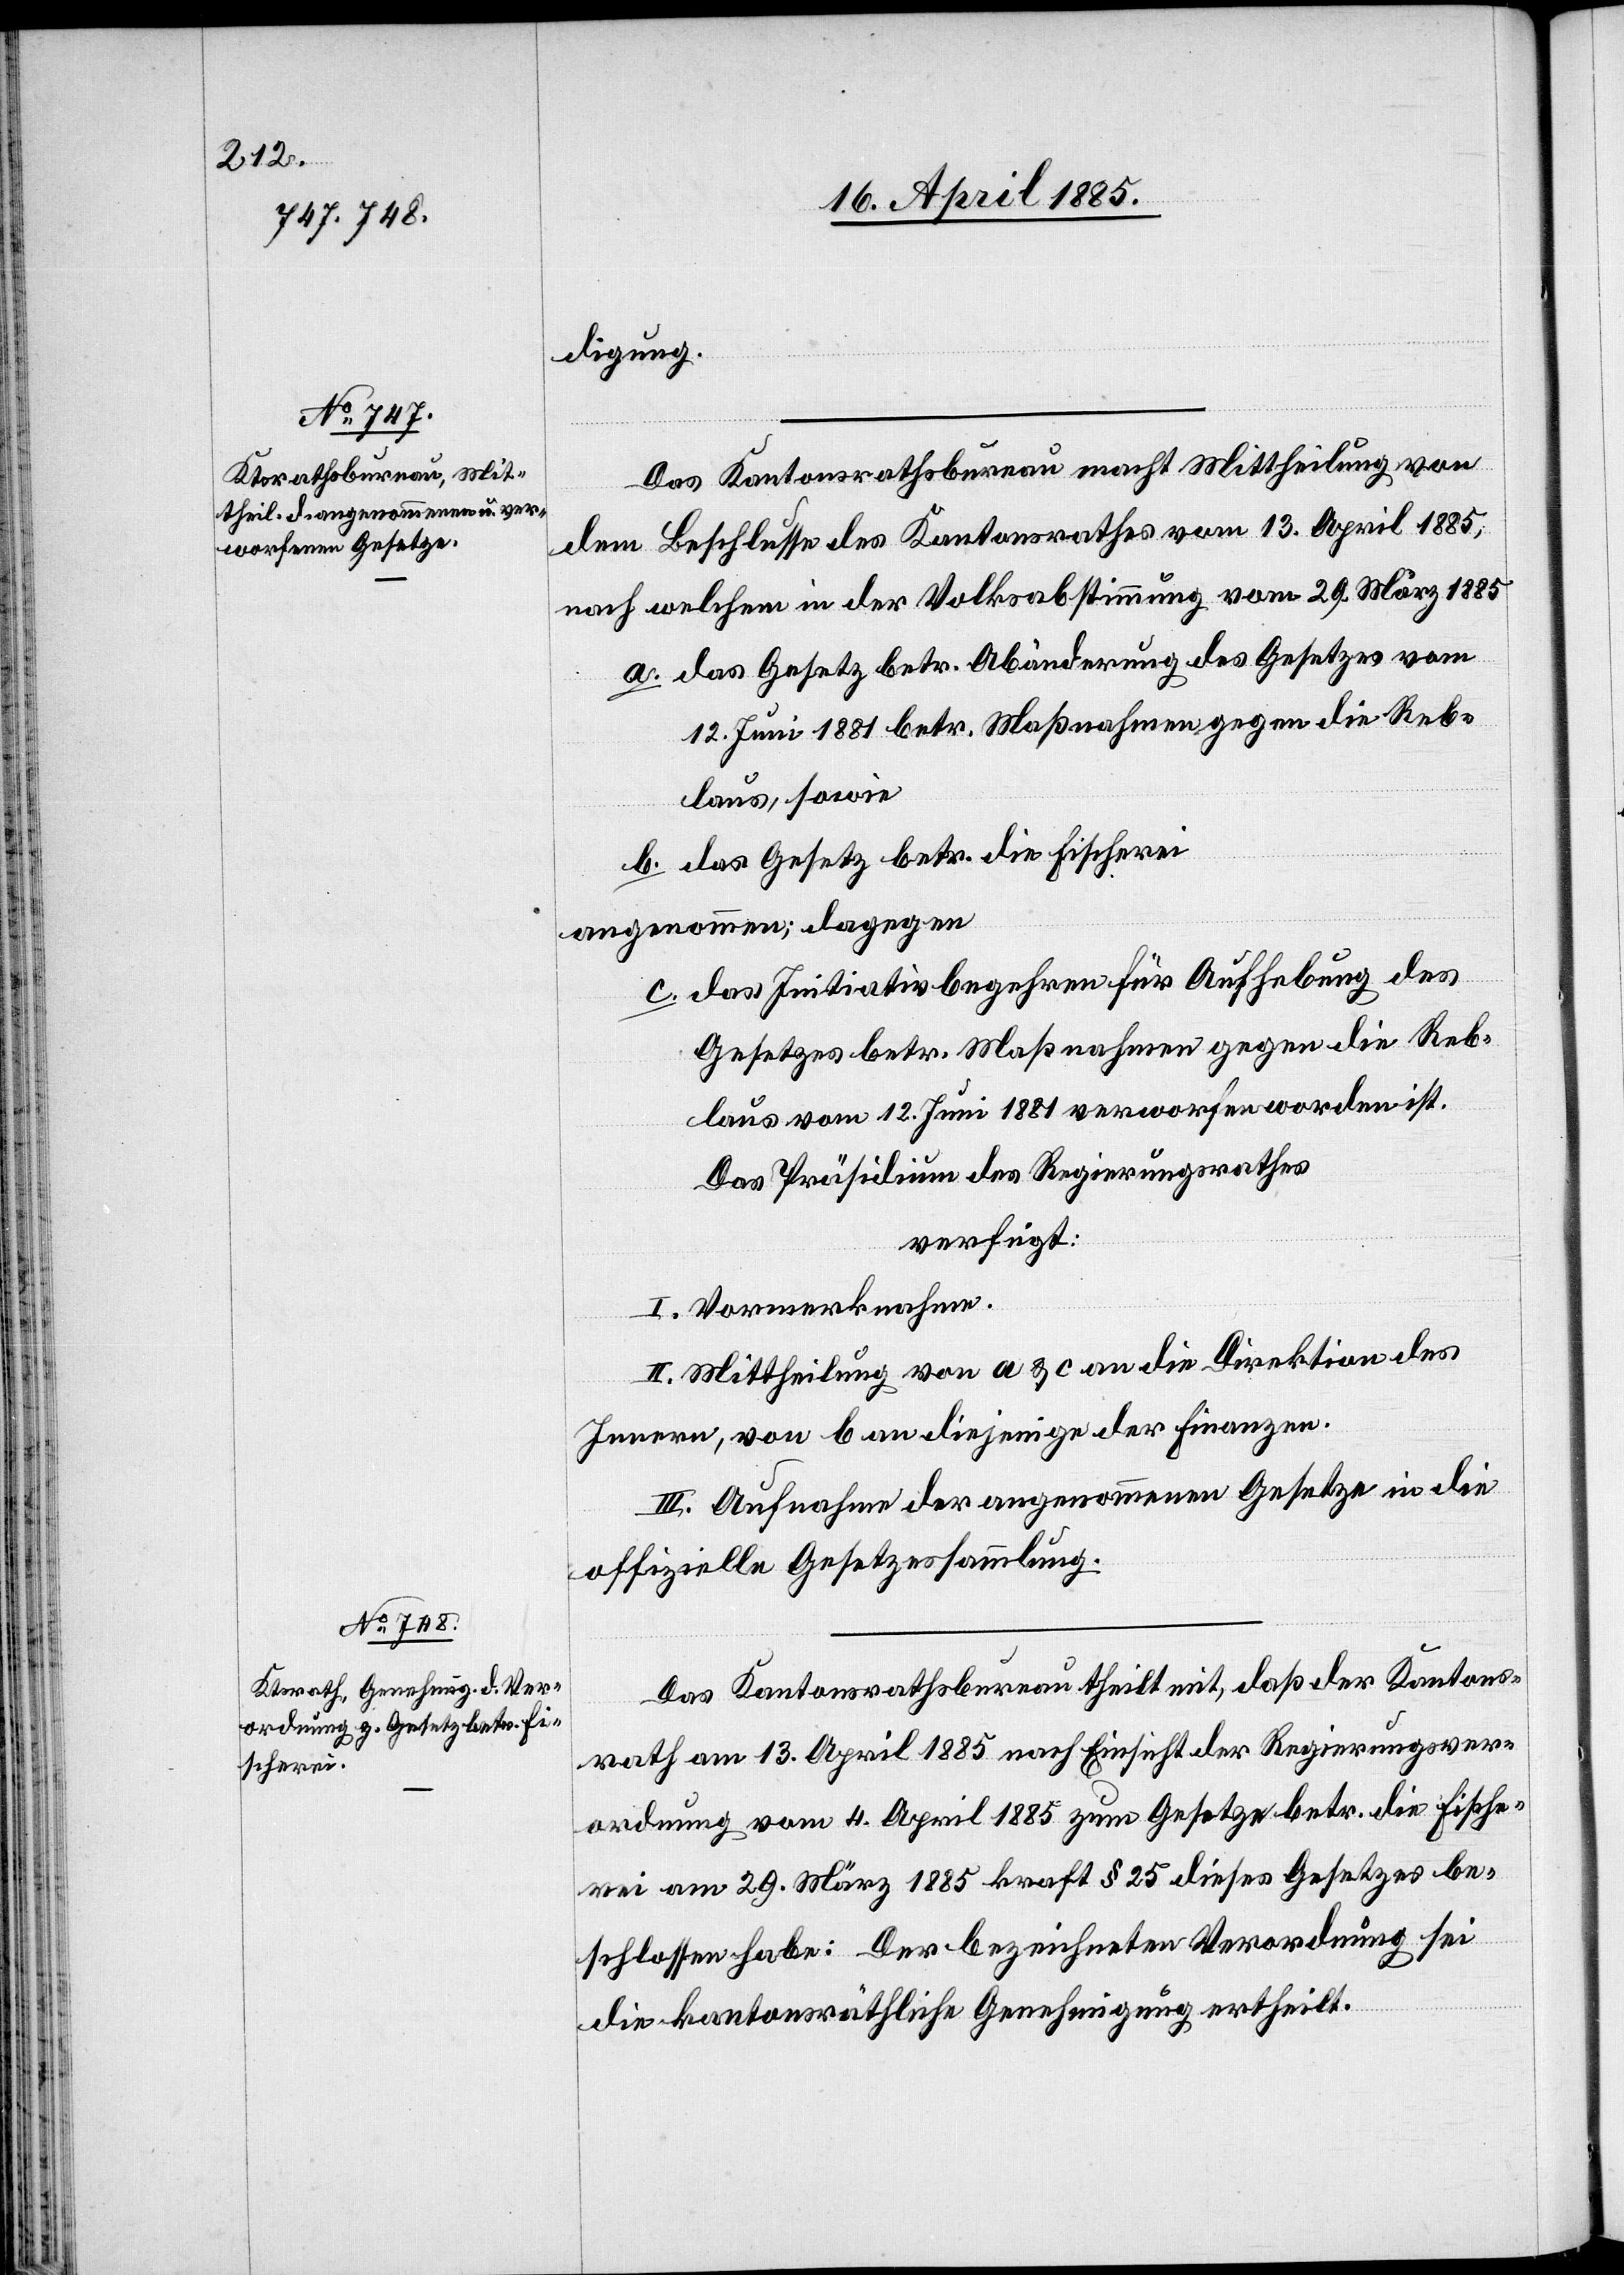
17. April 1885.]
digung.
Das Kantonsrathsbureau macht Mittheilung von
dem Beschlusse des Kantonsrathes vom 13. April 1885,
nach welchem in der Volksabstimmung vom 29. März 1885
a. das Gesetz betr. Abänderung des Gesetzes vom
12. Juni 1881 betr. Maßnahmen gegen die Reb¬
laus, sowie
b. das Gesetz betr. die Fischerei
angenommen; dagegen
c. das Initiativbegehren für Aufhebung des
Gesetzes betr. Maßnahmen gegen die Reb¬
laus vom 12. Juni 1881 verworfen worden ist
Das Präsidium des Regierungsrathes
verfügt:
I. Vormerknahme.
II. Mittheilung von a & c an die Direktion des
Innern, von b an diejenige der Finanzen.
III. Aufnahme der angenommenen Gesetze in die
offizielle Gesetzessammlung.
Das Kantonsrathsbureau theilt mit, daß der Kantons¬
rath am 13. April 1885 nach Einsicht der Regierungsver¬
ordnung vom 4. April 1885 zum Gesetze betr. die Fische¬
rei am 29. März 1885 kraft § 25 dieses Gesetzes be¬
schlossen habe: Der bezeichneten Verordnung sei
die kantonsräthliche Genehmigung ertheilt.